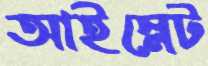
আইস্লেট